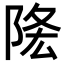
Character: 𨹠